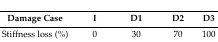
| Damage Case | I | D1 | D2 | D3 |
 | --- | --- | --- | --- | --- |
 | Stiffness loss (%) | 0 | 30 | 70 | 100 |